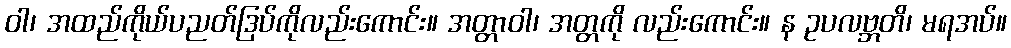
ဝါ၊ အထည်ကိုယ်ပညတ်ဒြပ်ကိုလည်းကောင်း။ အတ္တာဝါ၊ အတ္တကို လည်းကောင်း။ န ဥပလဗ္ဘတိ၊ မရအပ်။